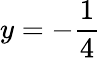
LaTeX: y=-{\frac{1}{4}}